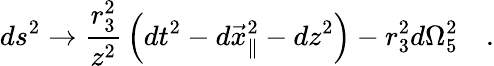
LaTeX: ds^{2}\rightarrow{\frac{r_{3}^{2}}{z^{2}}}\left(dt^{2}-d{\vec{x}}_{\parallel}^{2}-dz^{2}\right)-r_{3}^{2}d\Omega_{5}^{2}\quad.